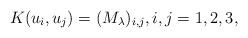
LaTeX: \begin{align*} K(u_i,u_j)=(M_\lambda)_{i,j},i,j=1,2,3,\end{align*}